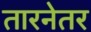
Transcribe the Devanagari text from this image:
तारनेतर